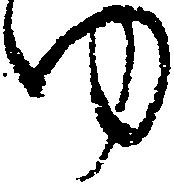
ゆ